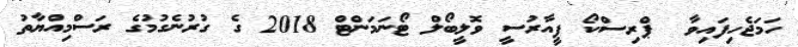
ހަމަޖެހިފައިވާ  ޕްރިސްކޯ ޕީއާރުސީ ވޮލީބޯލް ޓޯނަމަންޓް 2018 ގެ ގުރުނެގުމުގެ ރަސްމިއްޔާތު